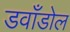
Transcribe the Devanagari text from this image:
डवाँडोल